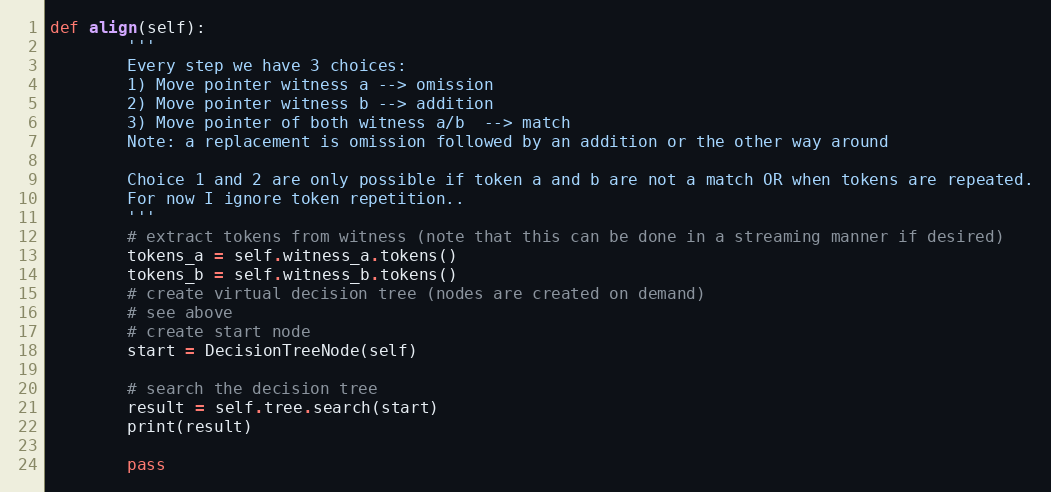
Language: Python
def align(self):
        '''
        Every step we have 3 choices:
        1) Move pointer witness a --> omission
        2) Move pointer witness b --> addition
        3) Move pointer of both witness a/b  --> match
        Note: a replacement is omission followed by an addition or the other way around

        Choice 1 and 2 are only possible if token a and b are not a match OR when tokens are repeated.
        For now I ignore token repetition..
        '''
        # extract tokens from witness (note that this can be done in a streaming manner if desired)
        tokens_a = self.witness_a.tokens()
        tokens_b = self.witness_b.tokens()
        # create virtual decision tree (nodes are created on demand)
        # see above
        # create start node
        start = DecisionTreeNode(self)

        # search the decision tree
        result = self.tree.search(start)
        print(result)

        pass